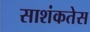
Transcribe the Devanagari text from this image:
साशंकतेस